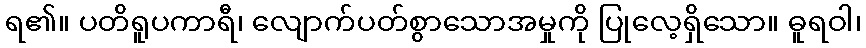
ရ၏။ ပတိရူပကာရီ၊ လျောက်ပတ်စွာသောအမှုကို ပြုလေ့ရှိသော။ ဓူရဝါ၊